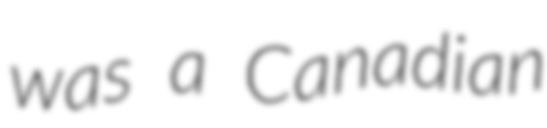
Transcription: was a Canadian